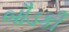
બૌડકી